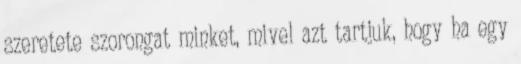
szeretete szorongat minket, mivel azt tartjuk, hogy ha egy